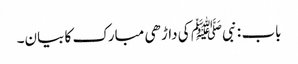
باب : نبیﷺ کی داڑھی مبارک کا بیان۔